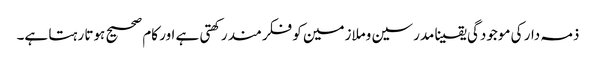
ذمہ دار کی موجودگی یقینا مدرسین وملازمین کو فکرمند رکھتی ہے اور کام صحیح ہوتا رہتا ہے۔